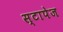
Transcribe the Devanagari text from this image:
स्टापेज